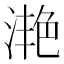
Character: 滟